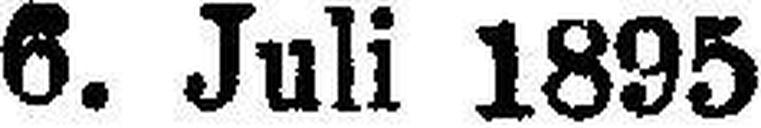
6. Juli 1895